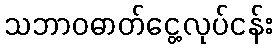
သဘာဝဓာတ်ငွေ့လုပ်ငန်း